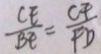
\frac { C E } { B E } = \frac { C F } { F D }